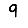
Digit: 9